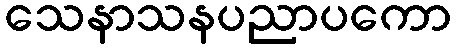
သေနာသနပညာပကော